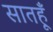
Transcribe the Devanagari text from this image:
सातहूँ